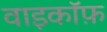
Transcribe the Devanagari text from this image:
वाइकॉफ़